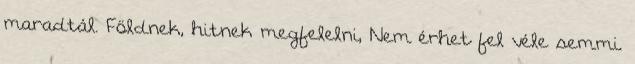
maradtál. Földnek, hitnek megfelelni, Nem érhet fel véle semmi.